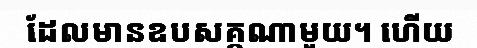
ដែលមានឧបសគ្កណាមួយ។ ហើយ